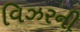
વિઝરની